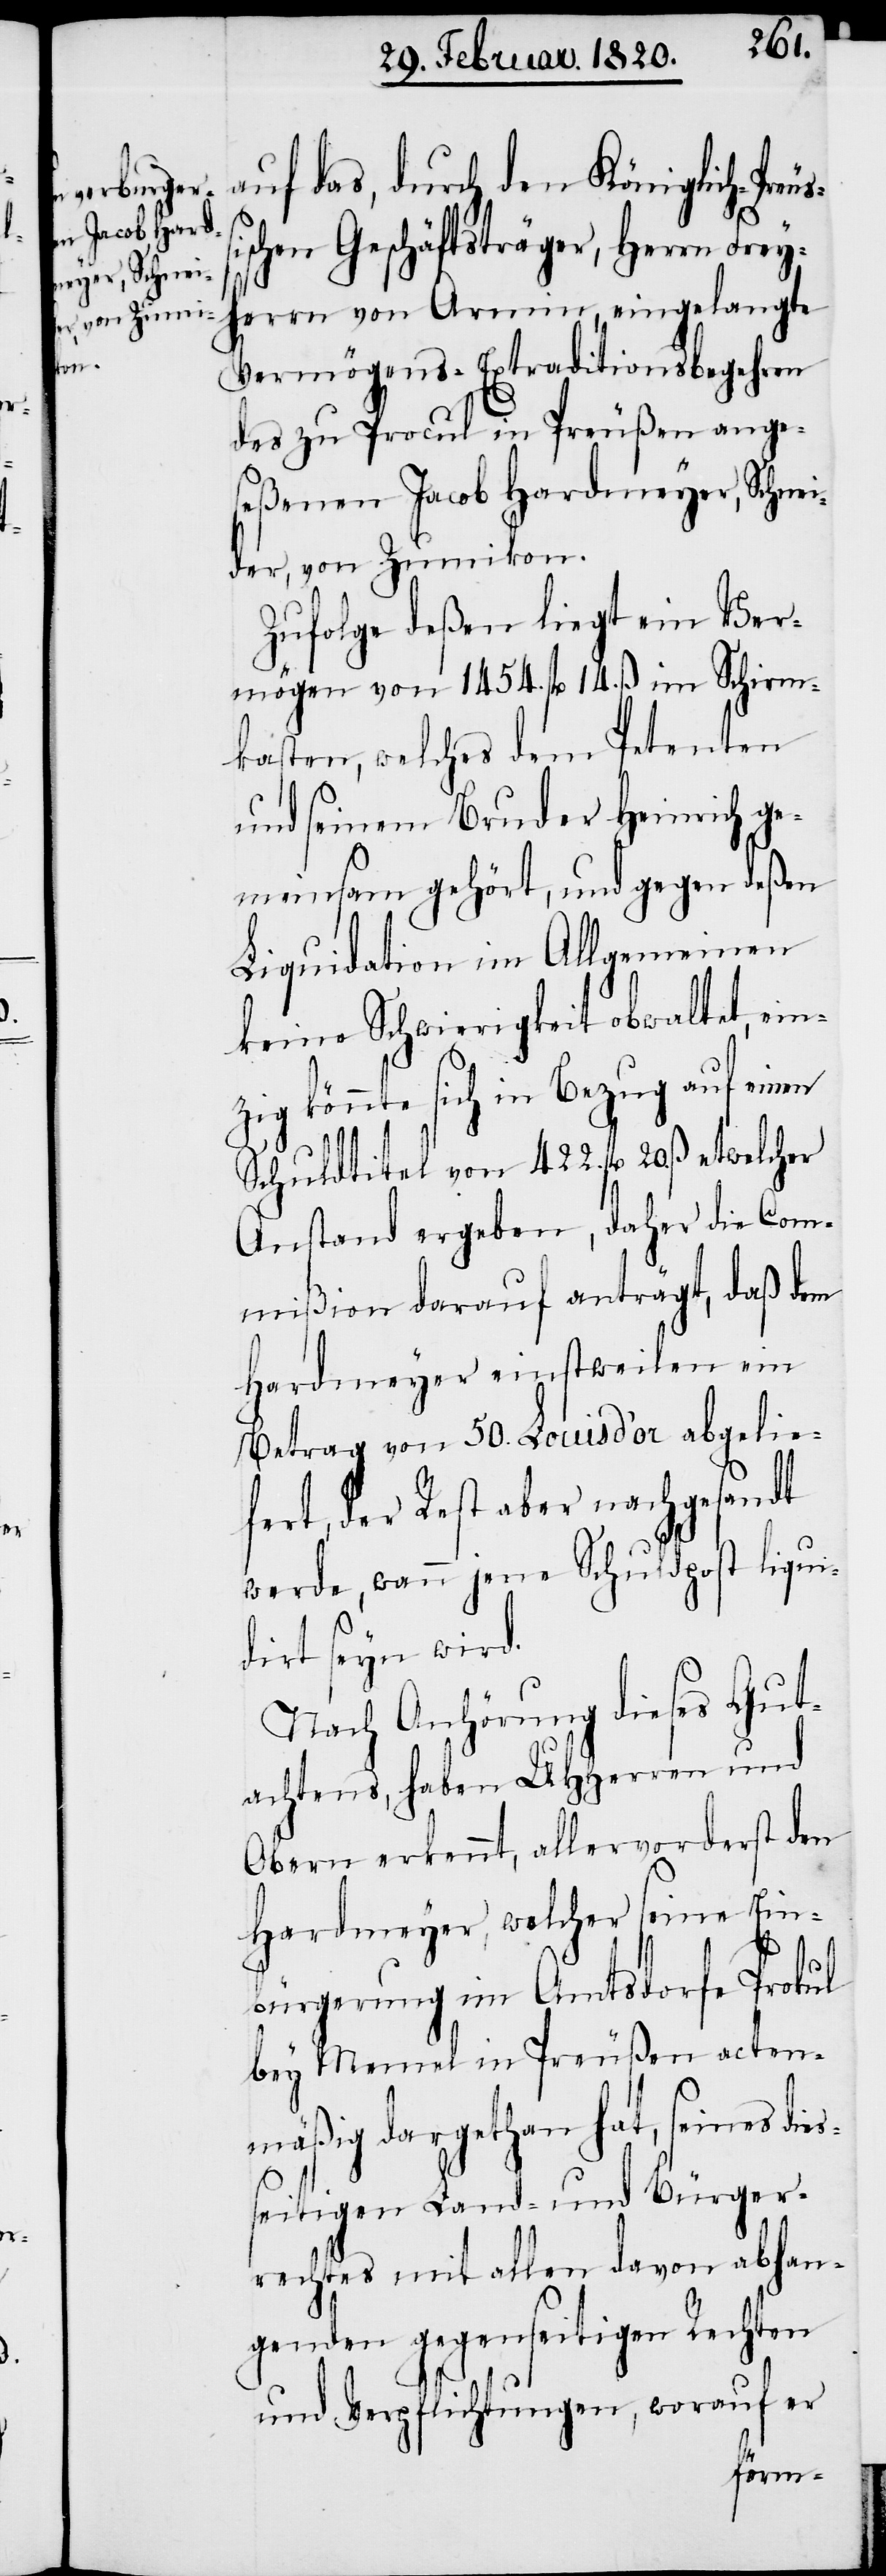
i¬

es¬

auf das, durch den Königlich-Preuß¬
schen Geschäftsträger, Herrn Frey¬
herrn von Armin, eingelangte
Vermögens-Extraditionsbegehren
des zu Procul in Preußen ange¬
seßenen Jacob Hardmeyer, Schnei¬
der, von Zumikon.
Zufolge deßen liegt ein Ver¬
mögen von 1454. fl 14. ß im Schirm¬
kasten, welches dem Petenten
und seinem Bruder Heinrich ge¬
meinsam gehört, und gegen deßen
Liquidation im Allgemeinen
keine Schwierigkeit obwaltet, ein¬
zig könnte sich in Bezug auf einen
Schuldtitel von 422. fl 20. ß etwelcher
Anstand ergeben, daher die Com¬
mißion darauf anträgt, daß dem
Hardmeyer einstweilen ein
Betrag von 50. Louisd’or abgelie¬
fert, der Rest aber nachgesandt
werde, wann jene Schuldpost liqui¬
dirt seyn wird.
Nach Anhörung dieses Gut¬
achtens, haben UHHerren und
Obern erkennt, allervorderst den
Hardmeyer, welcher seine Ein¬
bürgerung im Amtsdorfe Prokul
bey Memel in Preußen acten¬
mäßig dargethan hat, seines di¬
seitigen Land- und Bürger¬
rechtes mit allen davon abhan¬
genden gegenseitigen Rechten
und Verpflichtungen, worauf er